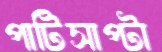
পাটিসাপ্‌টা